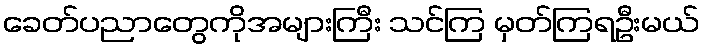
ခေတ်ပညာတွေကိုအများကြီး သင်ကြ မှတ်ကြရဦးမယ်